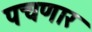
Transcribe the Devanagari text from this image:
पचणार